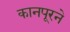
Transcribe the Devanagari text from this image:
कानपूरने